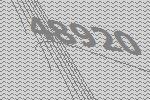
48920